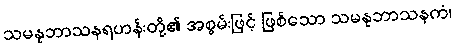
သမနုဘာသနရဟန်းတို့၏ အစွမ်းဖြင့် ဖြစ်သော သမနုဘာသနကံ၊